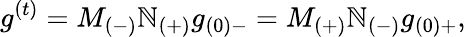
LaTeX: g^{(t)}=M_{(-)}\mathbb{N}_{(+)}g_{(0)-}=M_{(+)}\mathbb{N}_{(-)}g_{(0)+},